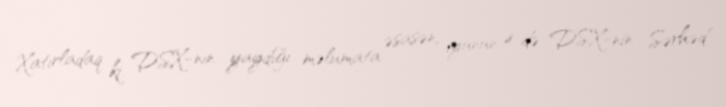
Xatırladaq ki, DSX-nın yaydığı məlumata əsasən, iyunun 4-də DSX-nin Sərhəd